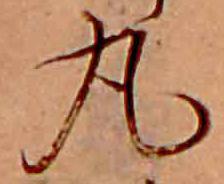
丸